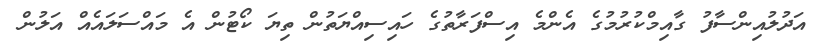
އަދުލުއިންސާފު ގާއިމްކުރުމުގެ އެންމެ އިސްފަރާތުގެ ހައިސިއްޔަތުން ތިޔަ ކޯޓުން އެ މައްސަލައެއް އަލުން